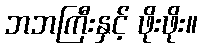
ဘဘကြီးနှင့် ဖိုးဖိုး။